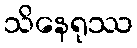
သိနေရုဿ